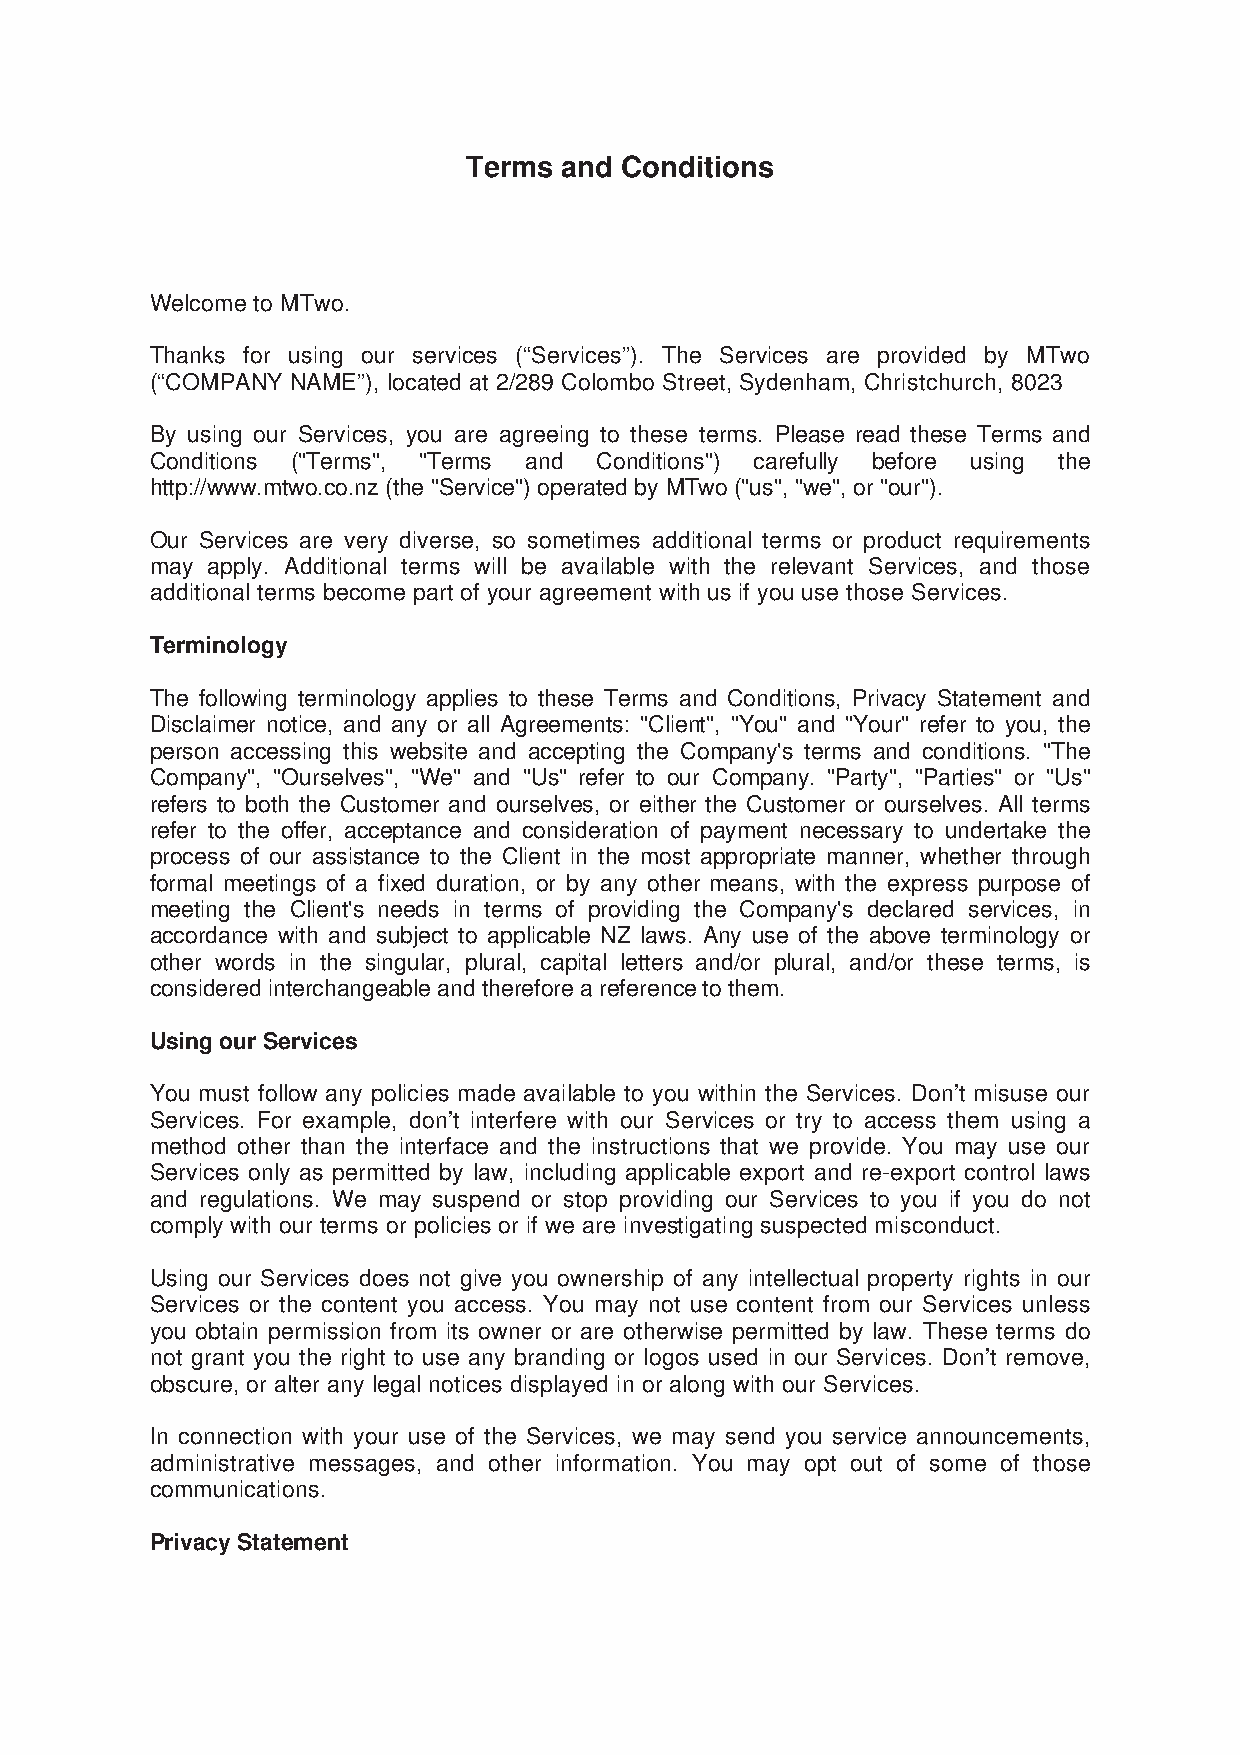
Terms and Conditions
 Welcome to MTwo.
 Thanks for using our services (“Services”). The Services are provided by MTwo
 (“COMPANY NAME”), located at 2/289 Colombo Street, Sydenham, Christchurch, 8023
 By using our Services, you are agreeing to these terms. Please read these Terms and
 Conditions ("Terms", "Terms and Conditions") carefully before using the
 http://www.mtwo.co.nz (the "Service") operated by MTwo ("us", "we", or "our").
 Our Services are very diverse, so sometimes additional terms or product requirements
 may apply. Additional terms will be available with the relevant Services, and those
 additional terms become part of your agreement with us if you use those Services.
 Terminology
 The following terminology applies to these Terms and Conditions, Privacy Statement and
 Disclaimer notice, and any or all Agreements: "Client", "You" and "Your" refer to you, the
 person accessing this website and accepting the Company's terms and conditions. "The
 Company", "Ourselves", "We" and "Us" refer to our Company. "Party", "Parties" or "Us"
 refers to both the Customer and ourselves, or either the Customer or ourselves. All terms
 refer to the offer, acceptance and consideration of payment necessary to undertake the
 process of our assistance to the Client in the most appropriate manner, whether through
 formal meetings of a fixed duration, or by any other means, with the express purpose of
 meeting the Client's needs in terms of providing the Company's declared services, in
 accordance with and subject to applicable NZ laws. Any use of the above terminology or
 other words in the singular, plural, capital letters and/or plural, and/or these terms, is
 considered interchangeable and therefore a reference to them.
 Using our Services
 You must follow any policies made available to you within the Services. Don’t misuse our
 Services. For example, don’t interfere with our Services or try to access them using a
 method other than the interface and the instructions that we provide. You may use our
 Services only as permitted by law, including applicable export and re-export control laws
 and regulations. We may suspend or stop providing our Services to you if you do not
 comply with our terms or policies or if we are investigating suspected misconduct.
 Using our Services does not give you ownership of any intellectual property rights in our
 Services or the content you access. You may not use content from our Services unless
 you obtain permission from its owner or are otherwise permitted by law. These terms do
 not grant you the right to use any branding or logos used in our Services. Don’t remove,
 obscure, or alter any legal notices displayed in or along with our Services.
 In connection with your use of the Services, we may send you service announcements,
 administrative messages, and other information. You may opt out of some of those
 communications.
 Privacy Statement